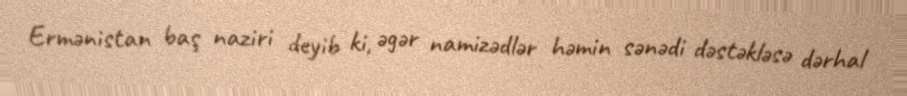
Ermənistan baş naziri deyib ki, əgər namizədlər həmin sənədi dəstəkləsə dərhal